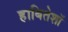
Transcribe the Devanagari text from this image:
हाबितेशॉ